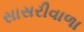
સાસરીવાળા